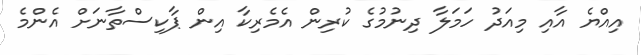
އިއްޔެ އާއި މިއަދު ހަމަލާ ދިނުމުގެ ކުރިން އެމެރިކާ އިން ޕާކިސްތާނަށް އެންމެ